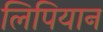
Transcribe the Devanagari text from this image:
लिपियान